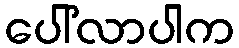
ပေါ်လာပါက